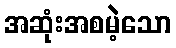
အဆုံးအစမဲ့သော